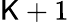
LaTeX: \mathsf{K}+1